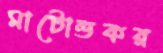
মাটোন্ডকর